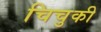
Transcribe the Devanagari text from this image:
चिचुकी